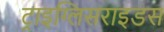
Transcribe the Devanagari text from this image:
ट्राइग्लिसराइडस